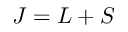
J = L + S